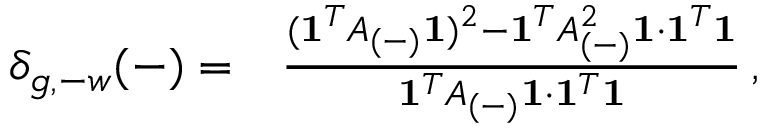
\begin{array} { r l } { \delta _ { g , - w } ( - ) = } & { { } \frac { ( \mathbf { 1 } ^ { T } A _ { ( - ) } \mathbf { 1 } ) ^ { 2 } - \mathbf { 1 } ^ { T } A _ { ( - ) } ^ { 2 } \mathbf { 1 } \cdot \mathbf { 1 } ^ { T } \mathbf { 1 } } { \mathbf { 1 } ^ { T } A _ { ( - ) } \mathbf { 1 } \cdot \mathbf { 1 } ^ { T } \mathbf { 1 } } \, , } \end{array}